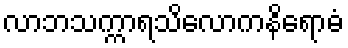
လာဘသက္ကာရသိလောကနိရောဓံ